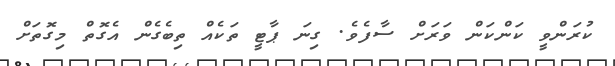
ކުރަންވީ ކަންކަން ވަރަށް ސާފެވެ. ގިނަ ޕާޓީ ތަކެއް ތިބެގެން އެގޮތް މިގޮތަށް